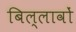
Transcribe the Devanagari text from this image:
बिल्लावों